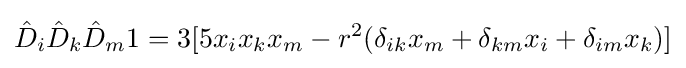
{\hat {D}}_{i}{\hat {D}}_{k}{\hat {D}}_{m}1=3[5x_{i}x_{k}x_{m}-r^{2}(\delta _{ik}x_{m}+\delta _{km}x_{i}+\delta _{im}x_{k})]